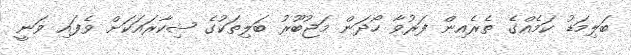
ބަލިމަޑު ކަމެއްގެ ތެރެއިން ފަރުވާ ހޯދަން މަޖުބޫރު ބަލިތަކުގެ ޝިކާރައަކަށް ވެފައި ވަނީ